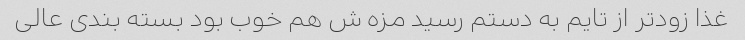
غذا زودتر از تایم به دستم رسید مزه ش هم خوب بود بسته بندی عالی